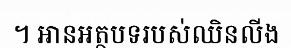
។ អានអត្ថបទរបស់ឈិនលីង